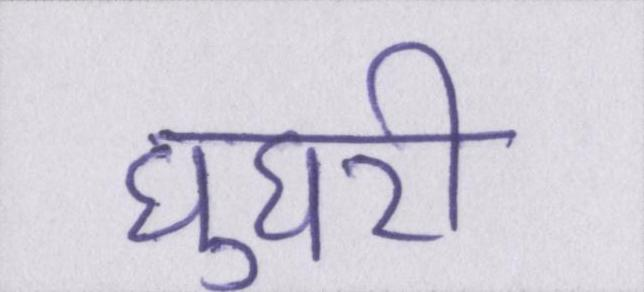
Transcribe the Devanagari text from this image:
घुघरी